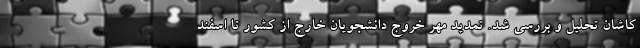
کاشان تحلیل و بررسی شد. تمدید مهر خروج دانشجویان خارج از کشور تا اسفند